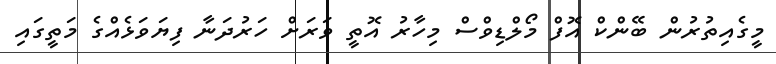
މީގެއިތުރުން ބޭންކް އޮފް މޯލްޑިވްސް މިހާރު އޮތީ ވަރަށް ހަރުދަނާ ފިޔަވަޅެއްގެ މަތީގައި